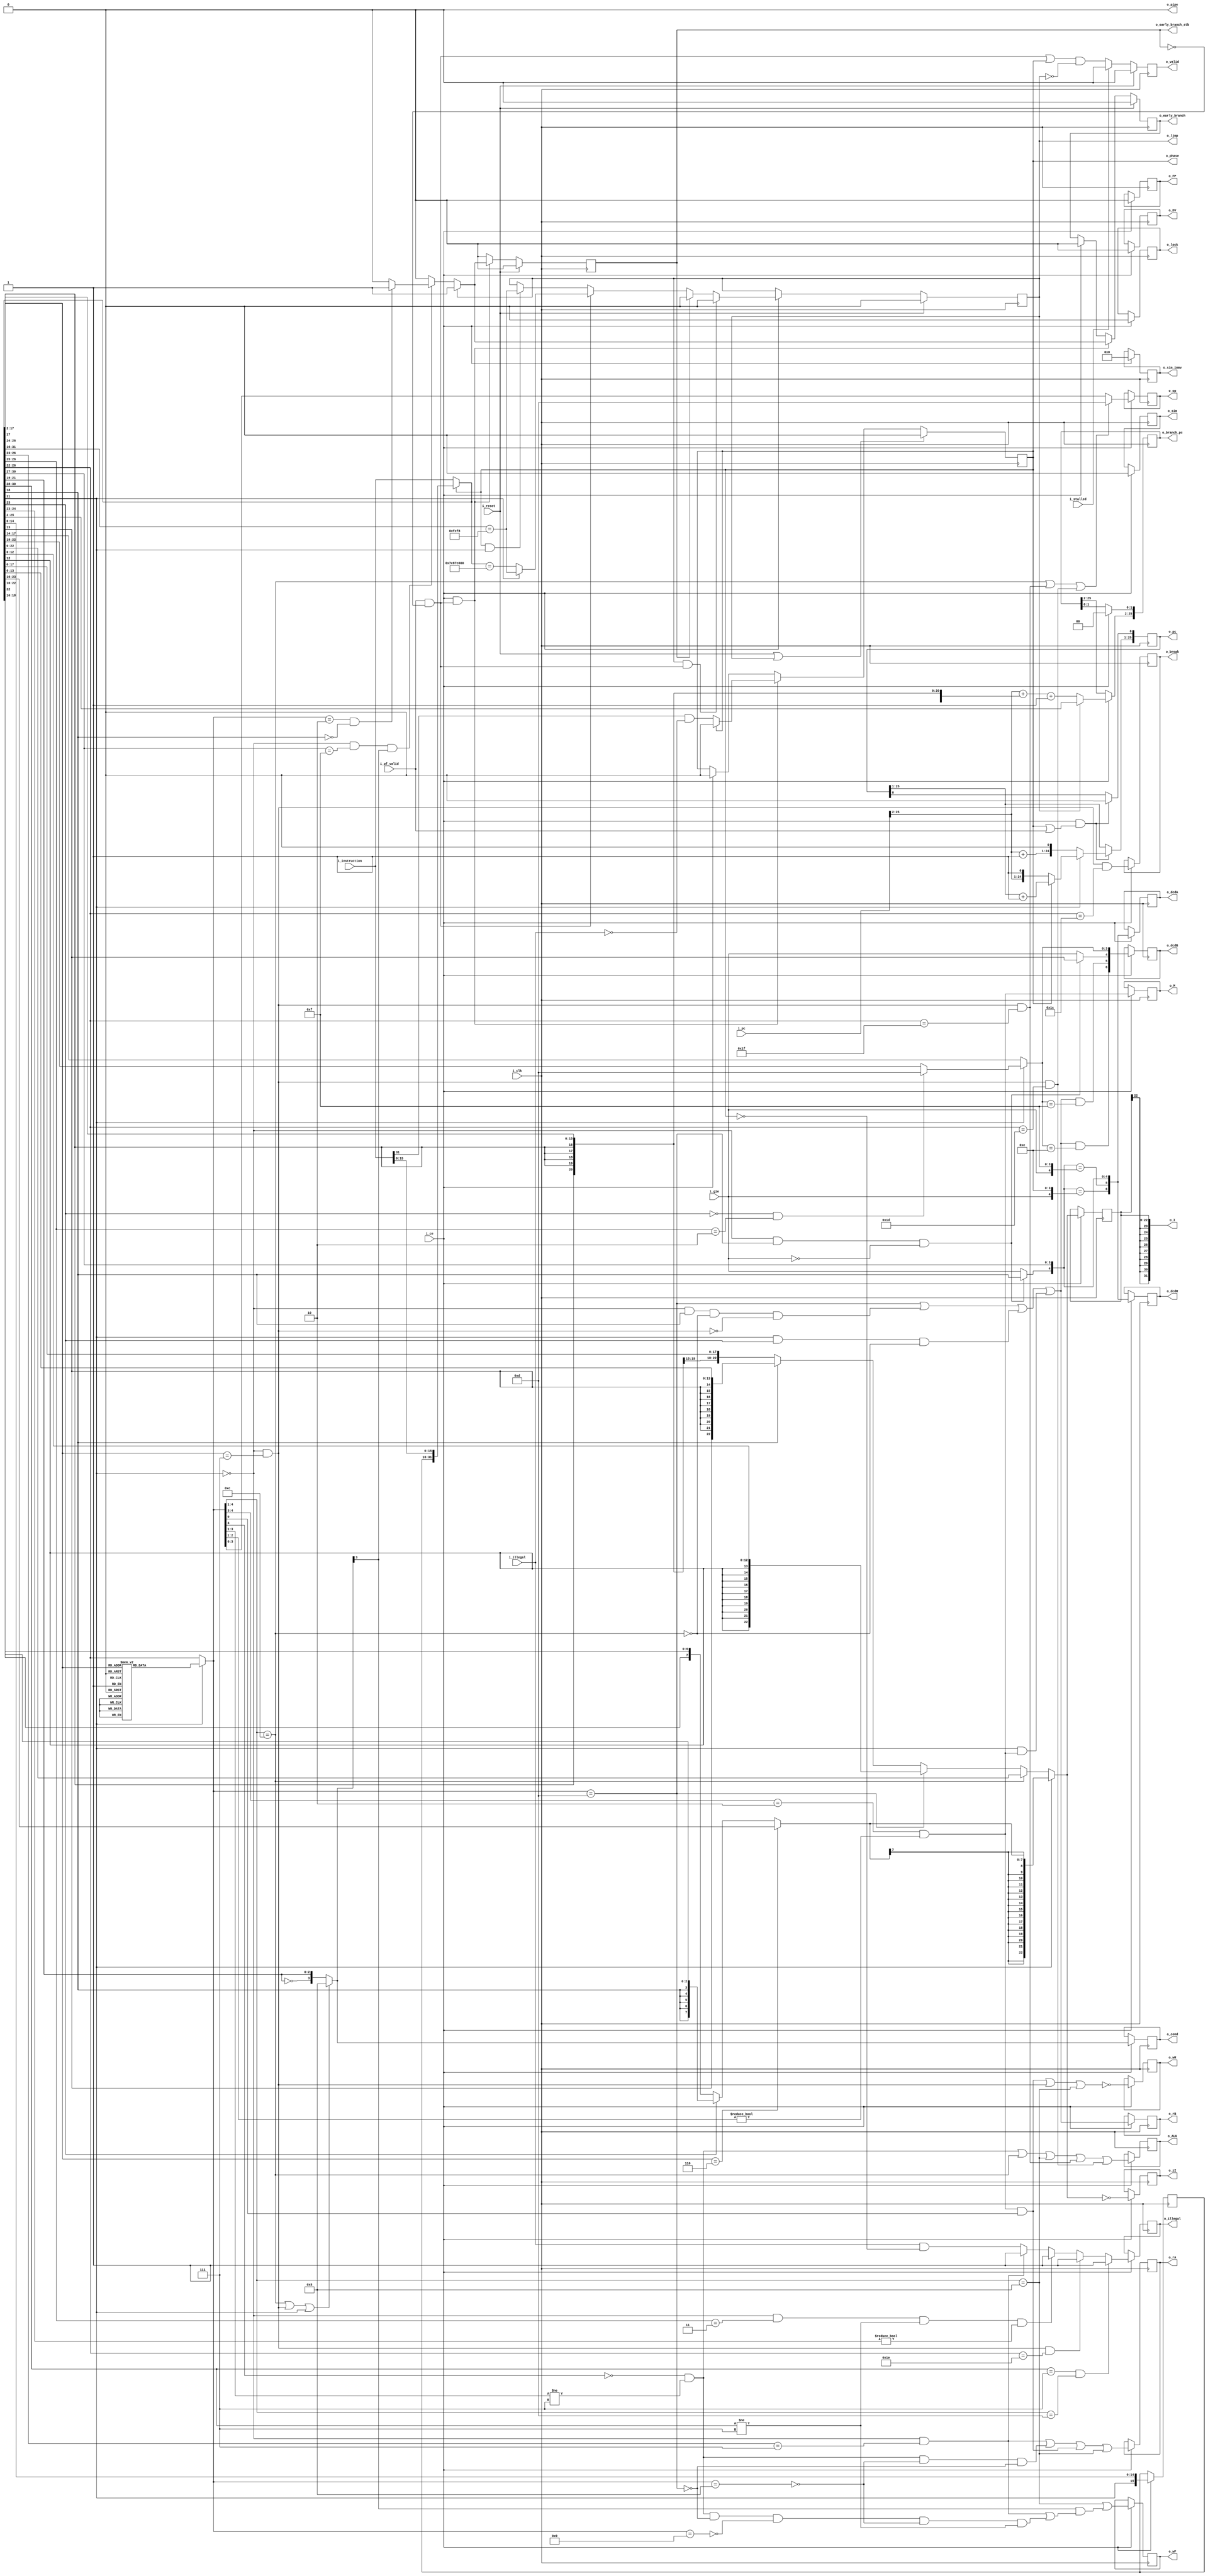
////////////////////////////////////////////////////////////////////////////////
//
//
// Project:	Zip CPU -- a small, lightweight, RISC CPU soft core
//
// Purpose:	This RTL file specifies how instructions are to be decoded
//		into their underlying meanings.  This is specifically a version
//	designed to support a "Next Generation", or "Version 2" instruction
//	set as (currently) activated by the OPT_NEW_INSTRUCTION_SET option
//	in cpudefs.v.
//
//	I expect to (eventually) retire the old instruction set, at which point
//	this will become the default instruction set decoder.
//
//
// Creator:	Dan Gisselquist, Ph.D.
//		Gisselquist Technology, LLC
//
////////////////////////////////////////////////////////////////////////////////
//
// Copyright (C) 2015-2018, Gisselquist Technology, LLC
//
// This program is free software (firmware): you can redistribute it and/or
// modify it under the terms of  the GNU General Public License as published
// by the Free Software Foundation, either version 3 of the License, or (at
// your option) any later version.
//
// This program is distributed in the hope that it will be useful, but WITHOUT
// ANY WARRANTY; without even the implied warranty of MERCHANTIBILITY or
// FITNESS FOR A PARTICULAR PURPOSE.  See the GNU General Public License
// for more details.
//
// You should have received a copy of the GNU General Public License along
// with this program.  (It's in the $(ROOT)/doc directory.  Run make with no
// target there if the PDF file isn't present.)  If not, see
// <http://www.gnu.org/licenses/> for a copy.
//
// License:	GPL, v3, as defined and found on www.gnu.org,
//		http://www.gnu.org/licenses/gpl.html
//
//
////////////////////////////////////////////////////////////////////////////////
//
//
`default_nettype	none
//
`define	CPU_SP_REG	4'hd
`define	CPU_CC_REG	4'he
`define	CPU_PC_REG	4'hf
//
`define	CISBIT		31
`define	CISIMMSEL	23
`define	IMMSEL		18
//
//
//
module	idecode(i_clk, i_reset, i_ce, i_stalled,
		i_instruction, i_gie, i_pc, i_pf_valid,
			i_illegal,
		o_valid,
		o_phase, o_illegal,
		o_pc,
		o_dcdR, o_dcdA, o_dcdB, o_I, o_zI,
		o_cond, o_wF,
		o_op, o_ALU, o_M, o_DV, o_FP, o_break, o_lock,
		o_wR, o_rA, o_rB,
		o_early_branch, o_early_branch_stb, o_branch_pc, o_ljmp,
		o_pipe,
		o_sim, o_sim_immv
		);
	parameter		ADDRESS_WIDTH=24;
	parameter	[0:0]	OPT_MPY = 1'b1;
	parameter	[0:0]	OPT_EARLY_BRANCHING = 1'b1;
	parameter	[0:0]	OPT_PIPELINED = 1'b0;
	parameter	[0:0]	OPT_DIVIDE = (OPT_PIPELINED);
	parameter	[0:0]	OPT_FPU    = 1'b0;
	parameter	[0:0]	OPT_CIS    = 1'b1;
	parameter	[0:0]	OPT_LOCK   = (OPT_PIPELINED);
	parameter	[0:0]	OPT_OPIPE  = (OPT_PIPELINED);
	parameter	[0:0]	OPT_SIM    = 1'b0;
	localparam		AW = ADDRESS_WIDTH;
	//
	input	wire		i_clk, i_reset, i_ce, i_stalled;
	input	wire [31:0]	i_instruction;
	input	wire		i_gie;
	input	wire [(AW+1):0]	i_pc;
	input	wire		i_pf_valid, i_illegal;
	output	wire		o_valid, o_phase;
	output	reg		o_illegal;
	output	reg	[(AW+1):0]	o_pc;
	output	reg	[6:0]	o_dcdR, o_dcdA, o_dcdB;
	output	wire	[31:0]	o_I;
	output	reg		o_zI;
	output	reg	[3:0]	o_cond;
	output	reg		o_wF;
	output	reg	[3:0]	o_op;
	output	reg		o_ALU, o_M, o_DV, o_FP, o_break;
	output	reg		o_lock;
	output	reg		o_wR, o_rA, o_rB;
	output	wire		o_early_branch, o_early_branch_stb;
	output	wire	[(AW+1):0]	o_branch_pc;
	output	wire		o_ljmp;
	output	wire		o_pipe;
	output	reg		o_sim		/* verilator public_flat */;
	output	reg	[22:0]	o_sim_immv	/* verilator public_flat */;


	wire	[4:0]	w_op;
	wire		w_ldi, w_mov, w_cmptst, w_ldilo, w_ALU, w_brev,
			w_noop, w_lock, w_sim, w_break, w_special, w_add,
			w_mpy;
	wire	[4:0]	w_dcdR, w_dcdB, w_dcdA;
	wire		w_dcdR_pc, w_dcdR_cc;
	wire		w_dcdA_pc, w_dcdA_cc;
	wire		w_dcdB_pc, w_dcdB_cc;
	wire	[3:0]	w_cond;
	wire		w_wF, w_mem, w_sto, w_div, w_fpu;
	wire		w_wR, w_rA, w_rB, w_wR_n;
	wire		w_ljmp, w_ljmp_dly, w_cis_ljmp;
	wire	[31:0]	iword;
	wire		pf_valid;

	assign	pf_valid = (i_pf_valid)&&(!o_early_branch_stb);


	reg	[15:0]	r_nxt_half;

	generate if (OPT_CIS)
	begin : SET_IWORD

		assign	iword = (o_phase)
				// set second half as a NOOP ... but really
				// shouldn't matter
			? { r_nxt_half[15:0], i_instruction[15:0] }
			: i_instruction;
	end else begin : CLR_IWORD
		assign	iword = { 1'b0, i_instruction[30:0] };

		// verilator lint_off UNUSED
		wire	[15:0]	unused_nxt_half;
		assign		unused_nxt_half = r_nxt_half;
		// verilator lint_on  UNUSED
	end endgenerate

	generate
	if (OPT_EARLY_BRANCHING)
	begin
		if (OPT_CIS)
		begin : CIS_EARLY_BRANCHING

			assign	w_cis_ljmp = (iword[31:16] == 16'hfcf8);

		end else begin : NOCIS_EARLY_BRANCH

			assign	w_cis_ljmp = 1'b0;

		end

		assign	w_ljmp = (iword == 32'h7c87c000);

	end else begin : NO_EARLY_BRANCHING

		assign	w_cis_ljmp = 1'b0;
		assign	w_ljmp = 1'b0;
	end endgenerate

	reg	[4:0]	w_cis_op;

	generate if (OPT_CIS)
	begin : GEN_CIS_OP

		always @(*)
			if (!iword[`CISBIT])
				w_cis_op = iword[26:22];
			else case(iword[26:24])
			3'h0: w_cis_op = 5'h00;
			3'h1: w_cis_op = 5'h01;
			3'h2: w_cis_op = 5'h02;
			3'h3: w_cis_op = 5'h10;
			3'h4: w_cis_op = 5'h12;
			3'h5: w_cis_op = 5'h13;
			3'h6: w_cis_op = 5'h18;
			3'h7: w_cis_op = 5'h0d;
			endcase

	end else begin : GEN_NOCIS_OP

		always @(*)
			w_cis_op = w_op;

	end endgenerate

	// Decode instructions
	assign	w_op= iword[26:22];
	assign	w_mov    = (w_cis_op      == 5'h0d);
	assign	w_ldi    = (w_cis_op[4:1] == 4'hc);
	assign	w_brev   = (w_cis_op      == 5'h08);
	assign	w_mpy    = (w_cis_op[4:1] == 4'h5)||(w_cis_op[4:0]==5'h0c);
	assign	w_cmptst = (w_cis_op[4:1] == 4'h8);
	assign	w_ldilo  = (w_cis_op[4:0] == 5'h09);
	assign	w_ALU    = (!w_cis_op[4]) // anything with [4]==0, but ...
				&&(w_cis_op[3:1] != 3'h7); // not the divide
	assign	w_add    = (w_cis_op[4:0] == 5'h02);
	assign	w_mem    = (w_cis_op[4:3] == 2'b10)&&(w_cis_op[2:1] !=2'b00);
	assign	w_sto    = (w_mem)&&( w_cis_op[0]);
	assign	w_div    = (!iword[`CISBIT])&&(w_op[4:1] == 4'h7);
	assign	w_fpu    = (!iword[`CISBIT])&&(w_op[4:3] == 2'b11)
				&&(w_dcdR[3:1] != 3'h7)&&(w_op[2:1] != 2'b00);
	// If the result register is either CC or PC, and this would otherwise
	// be a floating point instruction with floating point opcode of 0,
	// then this is a NOOP.
	assign	w_special= (!iword[`CISBIT])&&((!OPT_FPU)||(w_dcdR[3:1]==3'h7))
			&&(w_op[4:2] == 3'b111);
	assign	w_break = (w_special)&&(w_op[4:0]==5'h1c);
	assign	w_lock  = (w_special)&&(w_op[4:0]==5'h1d);
	assign	w_sim   = (w_special)&&(w_op[4:0]==5'h1e);
	assign	w_noop  = (w_special)&&(w_op[4:0]==5'h1f);


	// w_dcdR (4 LUTs)
	//
	// What register will we be placing results into (if at all)?
	//
	// Two parts to the result register: the register set, given for
	// moves in iword[18] but only for the supervisor, and the other
	// four bits encoded in the instruction.
	//
	assign	w_dcdR = { ((!iword[`CISBIT])&&(w_mov)&&(!i_gie))?iword[`IMMSEL]:i_gie,
				iword[30:27] };

	// dcdB - What register is used in the opB?
	//
	assign w_dcdB[4] = ((!iword[`CISBIT])&&(w_mov)&&(!i_gie))?iword[13]:i_gie;
	assign w_dcdB[3:0]= (iword[`CISBIT])
				? (((!iword[`CISIMMSEL])&&(iword[26:25]==2'b10))
					? `CPU_SP_REG : iword[22:19])
				: iword[17:14];

	// 0 LUTs
	assign	w_dcdA = w_dcdR;	// on ZipCPU, A is always result reg
	// 2 LUTs, 1 delay each
	assign	w_dcdR_pc = (w_dcdR == {i_gie, `CPU_PC_REG});
	assign	w_dcdR_cc = (w_dcdR == {i_gie, `CPU_CC_REG});
	// 0 LUTs
	assign	w_dcdA_pc = w_dcdR_pc;
	assign	w_dcdA_cc = w_dcdR_cc;
	// 2 LUTs, 1 delays each
	assign	w_dcdB_pc = (w_rB)&&(w_dcdB[3:0] == `CPU_PC_REG);
	assign	w_dcdB_cc = (w_rB)&&(w_dcdB[3:0] == `CPU_CC_REG);

	//
	// Under what condition will we execute this instruction?  Only the
	// load immediate instruction and the CIS instructions are completely
	// unconditional.  Well ... not quite.  The BREAK, LOCK, and SIM/NOOP
	// instructions are also unconditional.
	//
	assign	w_cond = ((w_ldi)||(w_special)||(iword[`CISBIT])) ? 4'h8 :
			{ (iword[21:19]==3'h0), iword[21:19] };

	// rA - do we need to read register A?
	assign	w_rA = // Floating point reads reg A
			((w_fpu)&&(OPT_FPU))
			// Divide's read A
			||(w_div)
			// ALU ops read A,
			//	except for MOV's and BREV's which don't
			||((w_ALU)&&(!w_brev)&&(!w_mov))
			// STO's read A
			||(w_sto)
			// Test/compares
			||(w_cmptst);
	// rB -- do we read a register for operand B?  Specifically, do we
	// add the registers value to the immediate to create opB?
	assign	w_rB     = (w_mov)
				||((!iword[`CISBIT])&&(iword[`IMMSEL])&&(!w_ldi)&&(!w_special))
				||(( iword[`CISBIT])&&(iword[`CISIMMSEL])&&(!w_ldi))
				// If using compressed instruction sets,
				// we *always* read on memory operands.
				||(( iword[`CISBIT])&&(w_mem));

	// wR -- will we be writing our result back?
	// wR_n = !wR
	// All but STO, NOOP/BREAK/LOCK, and CMP/TST write back to w_dcdR
	assign	w_wR_n   = (w_sto)
				||(w_special)
				||(w_cmptst);
	assign	w_wR     = !w_wR_n;
	//
	// wF -- do we write flags when we are done?
	//
	assign	w_wF     = (w_cmptst)
			||((w_cond[3])&&(((w_fpu)&&(OPT_FPU))||(w_div)
				||((w_ALU)&&(!w_mov)&&(!w_ldilo)&&(!w_brev)
					&&(w_dcdR[3:1] != 3'h7))));

	// Bottom 13 bits: no LUT's
	// w_dcd[12: 0] -- no LUTs
	// w_dcd[   13] -- 2 LUTs
	// w_dcd[17:14] -- (5+i0+i1) = 3 LUTs, 1 delay
	// w_dcd[22:18] : 5 LUTs, 1 delay (assuming high bit is o/w determined)
	reg	[22:0]	r_I;
	wire	[22:0]	w_I, w_fullI;
	wire		w_Iz;

	assign	w_fullI = (w_ldi) ? { iword[22:0] } // LDI
			// MOVE immediates have one less bit
			:((w_mov) ?{ {(23-13){iword[12]}}, iword[12:0] }
			// Normal Op-B immediate ... 18 or 14 bits
			:((!iword[`IMMSEL]) ? { {(23-18){iword[17]}}, iword[17:0] }
			: { {(23-14){iword[13]}}, iword[13:0] }
			));

	generate if (OPT_CIS)
	begin : GEN_CIS_IMMEDIATE
		wire	[7:0]	w_halfbits;
		assign	w_halfbits = iword[`CISIMMSEL:16];

		wire	[7:0]	w_halfI;
		assign	w_halfI = (iword[26:24]==3'h6) ? w_halfbits[7:0] // 8'b for LDI
				:(w_halfbits[7])?
					{ {(6){w_halfbits[2]}}, w_halfbits[1:0]}
					:{ w_halfbits[6], w_halfbits[6:0] };
		assign	w_I  = (iword[`CISBIT])
				? {{(23-8){w_halfI[7]}}, w_halfI }
				: w_fullI;

	end else begin : GEN_NOCIS_IMMEDIATE

		assign	w_I  = w_fullI;

	end endgenerate

	assign	w_Iz = (w_I == 0);


	//
	// The o_phase parameter is special.  It needs to let the software
	// following know that it cannot break/interrupt on an o_phase asserted
	// instruction, lest the break take place between the first and second
	// half of a CIS instruction.  To do this, o_phase must be asserted
	// when the first instruction half is valid, but not asserted on either
	// a 32-bit instruction or the second half of a 2x16-bit instruction.
	generate if (OPT_CIS)
	begin : GEN_CIS_PHASE
		reg	r_phase;

		// Phase is '1' on the first instruction of a two-part set
		// But, due to the delay in processing, it's '1' when our
		// output is valid for that first part, but that'll be the
		// same time we are processing the second part ... so it may
		// look to us like a '1' on the second half of processing.

		// When no instruction is in the pipe, phase is zero
		initial	r_phase = 1'b0;
		always @(posedge i_clk)
		if ((i_reset)||(w_ljmp_dly))
			r_phase <= 1'b0;
		else if ((i_ce)&&(pf_valid))
		begin
			if (o_phase)
				// CIS instructions only have two parts.  On
				// the second part (o_phase is true), return
				// back to the first
				r_phase <= 0;
			else
				r_phase <= (i_instruction[`CISBIT])&&(!i_illegal);
		end else if (i_ce)
			r_phase <= 1'b0;

		assign	o_phase = r_phase;
	end else begin
		assign	o_phase = 1'b0;
	end endgenerate


	initial	o_illegal = 1'b0;
	always @(posedge i_clk)
		if (i_ce)
		begin
			if (OPT_PIPELINED)
				o_illegal <= ((i_illegal)
						&&((!o_phase)||(!o_valid)))
					||((o_illegal)&&(o_phase)&&(o_valid));
			else
				o_illegal <= (i_illegal)&&(!o_phase);
			if ((!OPT_CIS)&&(i_instruction[`CISBIT]))
				o_illegal <= 1'b1;
			if ((!OPT_MPY)&&(w_mpy))
				o_illegal <= 1'b1;

			if ((!OPT_DIVIDE)&&(w_div))
				o_illegal <= 1'b1;
			else if ((OPT_DIVIDE)&&(w_div)&&(w_dcdR[3:1]==3'h7))
				o_illegal <= 1'b1;


			if ((!OPT_FPU)&&(w_fpu))
				o_illegal <= 1'b1;

			if ((!OPT_SIM)&&(w_sim))
			// Simulation instructions on real hardware should
			// always cause an illegal instruction error
				o_illegal <= 1'b1;

			// There are two (missing) special instructions
			// These should cause an illegal instruction error
			if ((w_dcdR[3:1]==3'h7)&&(w_cis_op[4:1]==4'b1101))
				o_illegal <= 1'b1;

			// If the lock function isn't implemented, this should
			// also cause an illegal instruction error
			// if ((!OPT_LOCK)&&(w_lock))
			//	o_illegal <= 1'b1;
		end

	initial	o_pc = 0;
	always @(posedge i_clk)
	if ((i_ce)&&((o_phase)||(i_pf_valid)))
	begin
		o_pc[0] <= 1'b0;

		if (OPT_CIS)
		begin
			if (iword[`CISBIT])
			begin
				if (o_phase)
					o_pc[AW+1:1] <= o_pc[AW+1:1] + 1'b1;
				else
					o_pc <= { i_pc[AW+1:2], 1'b1, 1'b0 };
			end else begin
				// The normal, non-CIS case
				o_pc <= { i_pc[AW+1:2] + 1'b1, 2'b00 };
			end
		end else begin
			// The normal, non-CIS case
			o_pc <= { i_pc[AW+1:2] + 1'b1, 2'b00 };
		end
	end

	initial	o_dcdR = 0;
	initial	o_dcdA = 0;
	initial	o_dcdB = 0;
	initial	o_DV   = 0;
	initial	o_FP   = 0;
	initial	o_lock = 0;
	always @(posedge i_clk)
		if (i_ce)
		begin
			// Under what condition will we execute this
			// instruction?  Only the load immediate instruction
			// is completely unconditional.
			o_cond <= w_cond;
			// Don't change the flags on conditional instructions,
			// UNLESS: the conditional instruction was a CMP
			// or TST instruction.
			o_wF <= w_wF;

			// Record what operation/op-code (4-bits) we are doing
			//	Note that LDI magically becomes a MOV
			// 	instruction here.  That way it's a pass through
			//	the ALU.  Likewise, the two compare instructions
			//	CMP and TST becomes SUB and AND here as well.
			// We keep only the bottom four bits, since we've
			// already done the rest of the decode necessary to
			// settle between the other instructions.  For example,
			// o_FP plus these four bits uniquely defines the FP
			// instruction, o_DV plus the bottom of these defines
			// the divide, etc.
			o_op <= w_cis_op[3:0];
			if ((w_ldi)||(w_noop)||(w_lock))
				o_op <= 4'hd;

			// Default values
			o_dcdR <= { w_dcdR_cc, w_dcdR_pc, w_dcdR};
			o_dcdA <= { w_dcdA_cc, w_dcdA_pc, w_dcdA};
			o_dcdB <= { w_dcdB_cc, w_dcdB_pc, w_dcdB};
			o_wR  <= w_wR;
			o_rA  <= w_rA;
			o_rB  <= w_rB;
			r_I    <= w_I;
			o_zI   <= w_Iz;

			// Turn a NOOP into an ALU operation--subtract in
			// particular, although it doesn't really matter as long
			// as it doesn't take longer than one clock.  Note
			// also that this depends upon not setting any registers
			// or flags, which should already be true.
			o_ALU  <=  (w_ALU)||(w_ldi)||(w_cmptst)||(w_noop)
					||((!OPT_LOCK)&&(w_lock));
			o_M    <=  w_mem;
			o_DV   <=  (OPT_DIVIDE)&&(w_div);
			o_FP   <=  (OPT_FPU)&&(w_fpu);

			o_break <= w_break;
			o_lock  <= (OPT_LOCK)&&(w_lock);

			if (OPT_CIS)
				r_nxt_half <= { iword[`CISBIT], iword[14:0] };
			else
				r_nxt_half <= 0;

			if (OPT_SIM)
			begin
				// Support the SIM instruction(s)
				o_sim <= (w_sim)||(w_noop);
				o_sim_immv <= iword[22:0];
			end else begin
				o_sim <= 1'b0;
				o_sim_immv <= 0;
			end
		end

	generate if (OPT_EARLY_BRANCHING)
	begin : GEN_EARLY_BRANCH_LOGIC
		reg			r_early_branch,
					r_early_branch_stb,
					r_ljmp;
		reg	[(AW+1):0]	r_branch_pc;

		initial r_ljmp = 1'b0;
		always @(posedge i_clk)
			if (i_reset)
				r_ljmp <= 1'b0;
			else if (i_ce)
			begin
				if ((r_ljmp)&&(pf_valid))
					r_ljmp <= 1'b0;
				else if (o_early_branch_stb)
					r_ljmp <= 1'b0;
				else if (pf_valid)
				begin
					if ((OPT_CIS)&&(iword[`CISBIT]))
						r_ljmp <= w_cis_ljmp;
					else
						r_ljmp <= (w_ljmp);
				end else if ((OPT_CIS)&&(o_phase)&&(iword[`CISBIT]))
					r_ljmp <= w_cis_ljmp;
			end
		assign	o_ljmp = r_ljmp;

		initial	r_early_branch     = 1'b0;
		initial	r_early_branch_stb = 1'b0;
		always @(posedge i_clk)
		if (i_reset)
		begin
			r_early_branch     <= 1'b0;
			r_early_branch_stb <= 1'b0;
		end else if ((i_ce)&&(pf_valid))
		begin
			if (r_ljmp)
			begin
				// LW (PC),PC
				r_early_branch     <= 1'b1;
				r_early_branch_stb <= 1'b1;
			end else if ((!iword[`CISBIT])&&(iword[30:27]==`CPU_PC_REG)
					&&(w_cond[3]))
			begin
				if ((w_add)&&(!iword[`IMMSEL]))
				begin
					// Add x,PC
					r_early_branch     <= 1'b1;
					r_early_branch_stb <= 1'b1;
				end else begin
					r_early_branch     <= 1'b0;
					r_early_branch_stb <= 1'b0;
				end
			// LDI #x,PC is no longer supported
			end else begin
				r_early_branch <= 1'b0;
				r_early_branch_stb <= 1'b0;
			end
		end else if (i_ce)
		begin
			r_early_branch     <= 1'b0;
			r_early_branch_stb <= 1'b0;
		end else
			r_early_branch_stb <= 1'b0;

		initial	r_branch_pc = 0;
		always @(posedge i_clk)
			if (i_ce)
			begin
				if (r_ljmp)
					r_branch_pc <= { iword[(AW+1):2],
							2'b00 };
				else begin
				// Add x,PC
				r_branch_pc[AW+1:2] <= i_pc[AW+1:2]
					+ {{(AW-15){iword[17]}},iword[16:2]}
					+ {{(AW-1){1'b0}},1'b1};
				r_branch_pc[1:0] <= 2'b00;
				end
			end

		assign	w_ljmp_dly         = r_ljmp;
		assign	o_early_branch     = r_early_branch;
		assign	o_early_branch_stb = r_early_branch_stb;
		assign	o_branch_pc        = r_branch_pc;
	end else begin
		assign	w_ljmp_dly         = 1'b0;
		assign	o_early_branch     = 1'b0;
		assign	o_early_branch_stb = 1'b0;
		assign	o_branch_pc = {(AW+2){1'b0}};
		assign	o_ljmp = 1'b0;

		// verilator lint_off UNUSED
		wire	early_branch_unused;
		assign	early_branch_unused = w_add;
		// verilator lint_on  UNUSED
	end endgenerate


	// To be a pipeable operation there must be ...
	//	1. Two valid adjacent instructions
	//	2. Both must be memory operations, of the same time (both lods
	//		or both stos)
	//	3. Both must use the same register base address
	//	4. Both must be to the same address, or the address incremented
	//		by one
	// Note that we're not using iword here ... there's a lot of logic
	// taking place, and it's only valid if the new word is not compressed.
	//
	reg	r_valid;
	generate if (OPT_OPIPE)
	begin : GEN_OPIPE
		reg	r_pipe;

		wire	[13:0]	pipe_addr_diff;
		assign		pipe_addr_diff = w_I[13:0] - r_I[13:0];

		initial	r_pipe = 1'b0;
		always @(posedge i_clk)
		if (i_reset)
			r_pipe <= 1'b0;
		else if (i_ce)
			r_pipe <= (r_valid)&&((pf_valid)||(o_phase))
				// Both must be memory operations
				&&(w_mem)&&(o_M)
				// Both must be writes, or both stores
				&&(o_op[0] == w_cis_op[0])
				// Both must be register ops
				&&(w_rB)&&(o_rB)
				// Both must use the same register for B
				&&(w_dcdB[3:0] == o_dcdB[3:0])
				// CC or PC registers are not valid addresses
				&&(o_dcdB[3:1] != 3'h7)
				&&(w_dcdB[3:1] != 3'h7)
				// But ... the result can never be B
				&&((o_op[0])
					||(w_dcdB[3:0] != o_dcdA[3:0]))
				// Reads to CC or PC not allowed
				// &&((o_op[0])||(w_dcdR[3:1] != 3'h7))
				// Prior-reads to CC or PC not allowed
				&&((o_op[0])||(o_dcdR[3:1] != 3'h7))
				// Same condition, or no condition before
				&&((w_cond[2:0]==o_cond[2:0])
					||(o_cond[2:0] == 3'h0))
				// Same or incrementing immediate
				&&(w_I[13]==r_I[13])
				&&((w_I==r_I)
					||(pipe_addr_diff <= 14'h4));
		assign o_pipe = r_pipe;
	end else begin
		assign o_pipe = 1'b0;
	end endgenerate

	initial	r_valid = 1'b0;
	generate if (OPT_PIPELINED)
	begin : GEN_DCD_VALID

		always @(posedge i_clk)
			if (i_reset)
				r_valid <= 1'b0;
			else if (i_ce)
				r_valid <= ((pf_valid)||(o_phase))&&(!o_ljmp);
			else if (!i_stalled)
				r_valid <= 1'b0;

	end else begin : GEN_DCD_VALID

		always @(posedge i_clk)
		if (i_reset)
			r_valid <= 1'b0;
		else if (!i_stalled)
			r_valid <= ((pf_valid)||(o_phase))&&(!o_ljmp);
		else
			r_valid <= 1'b0;

	end endgenerate

	assign	o_valid = r_valid;


	assign	o_I = { {(32-22){r_I[22]}}, r_I[21:0] };

	// Make Verilator happy across all our various options
	// verilator lint_off  UNUSED
	wire	[5:0] possibly_unused;
	assign	possibly_unused = { w_lock, w_ljmp, w_ljmp_dly, w_cis_ljmp, i_pc[1:0] };
	// verilator lint_on  UNUSED
`ifdef	FORMAL
// Formal properties for this module are maintained elsewhere
`endif
endmodule